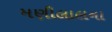
મણીલાલના